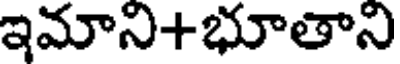
ఇమాని+భూతాని